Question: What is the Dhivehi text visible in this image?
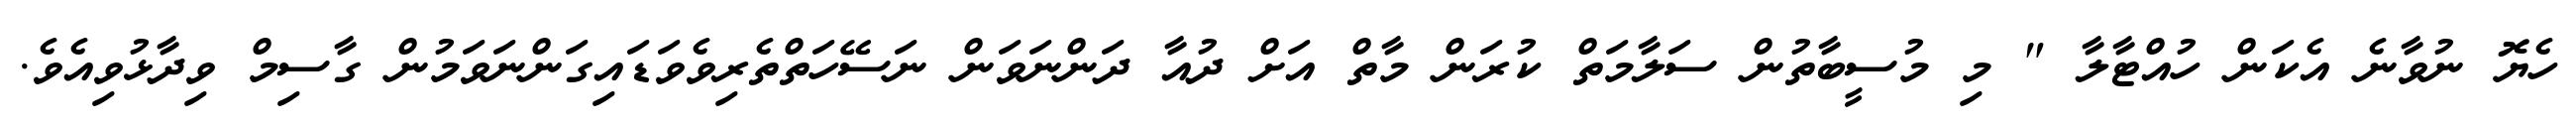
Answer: ހެޔޮ ނުވާނެ އެކަން ހުއްޓާލާ " މި މުސީބާތުން ސަލާމަތް ކުރަން މާތް އަށް ދުއާ ދަންނަވަން ނަސޭހަތްތެރިވެވަޑައިގަންނަވަމުން ގާސިމް ވިދާޅުވިއެވެ.